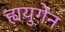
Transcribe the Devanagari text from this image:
ह्ययुगेन